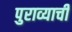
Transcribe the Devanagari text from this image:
पुराव्याची